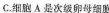
C.细胞A是次级卵母细胞